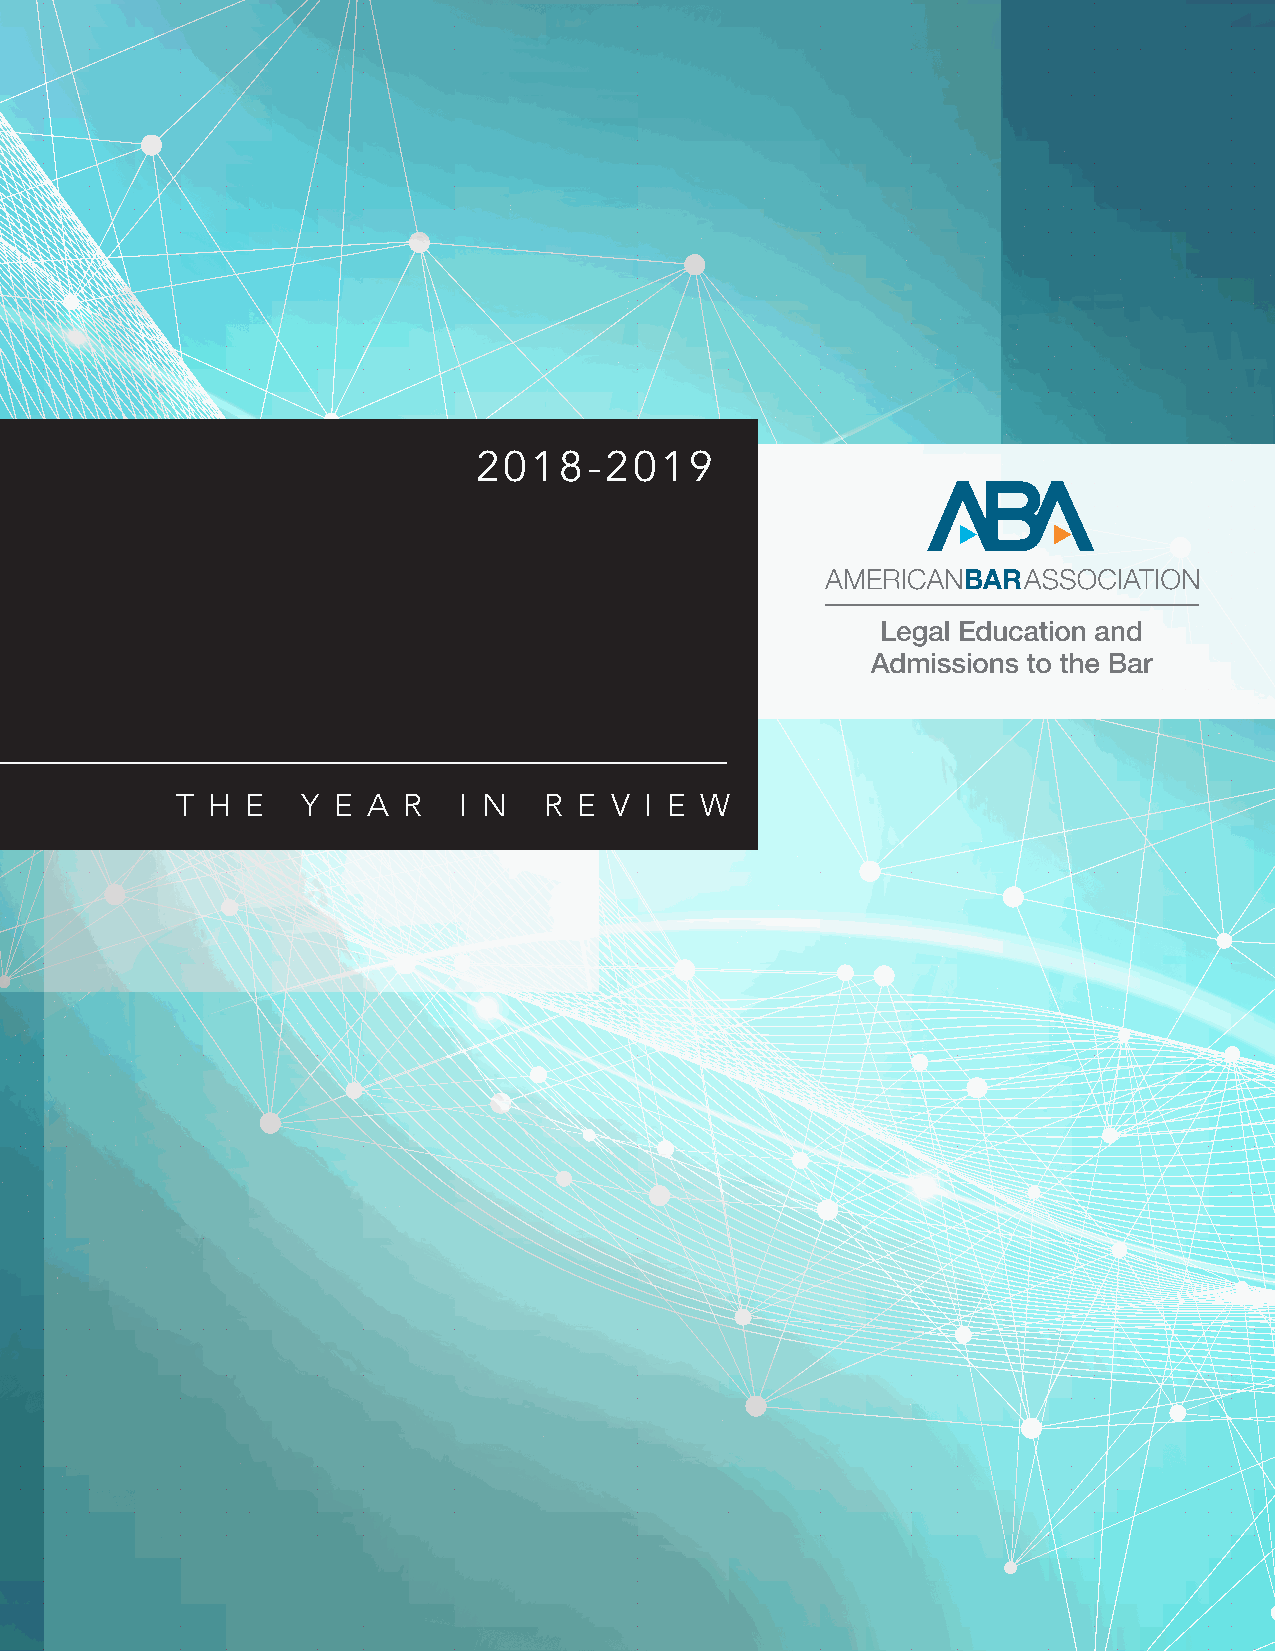
2018-2019
 ANNUAL
 REPORT
 T H E   Y E A  R  I N   R E V  I E W